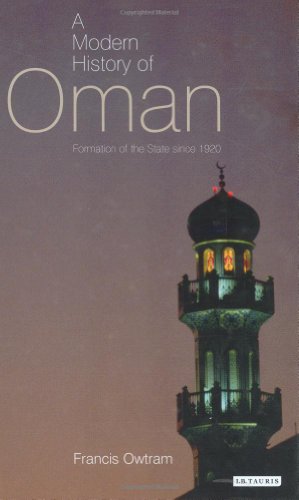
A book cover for A Modern History of Oman: Formation of the State since 1920 (Library of Modern Middle East Studies); Francis Owtram; History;